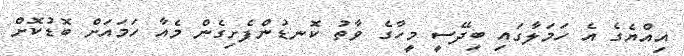
އިއްޔެގެ އެ ހަމަލާގައި ބިދޭސީ މީހާގެ ވާތު ކޮނޑުންފެށިގެން މެއާ ހަމައަށް ބޮޑުކޮށް